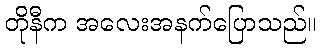
တိုနီက အလေးအနက်ပြောသည်။